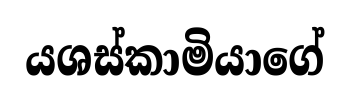
යශස්කාමියාගේ